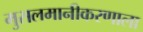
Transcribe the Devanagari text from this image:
मुसलमानीकरणाला